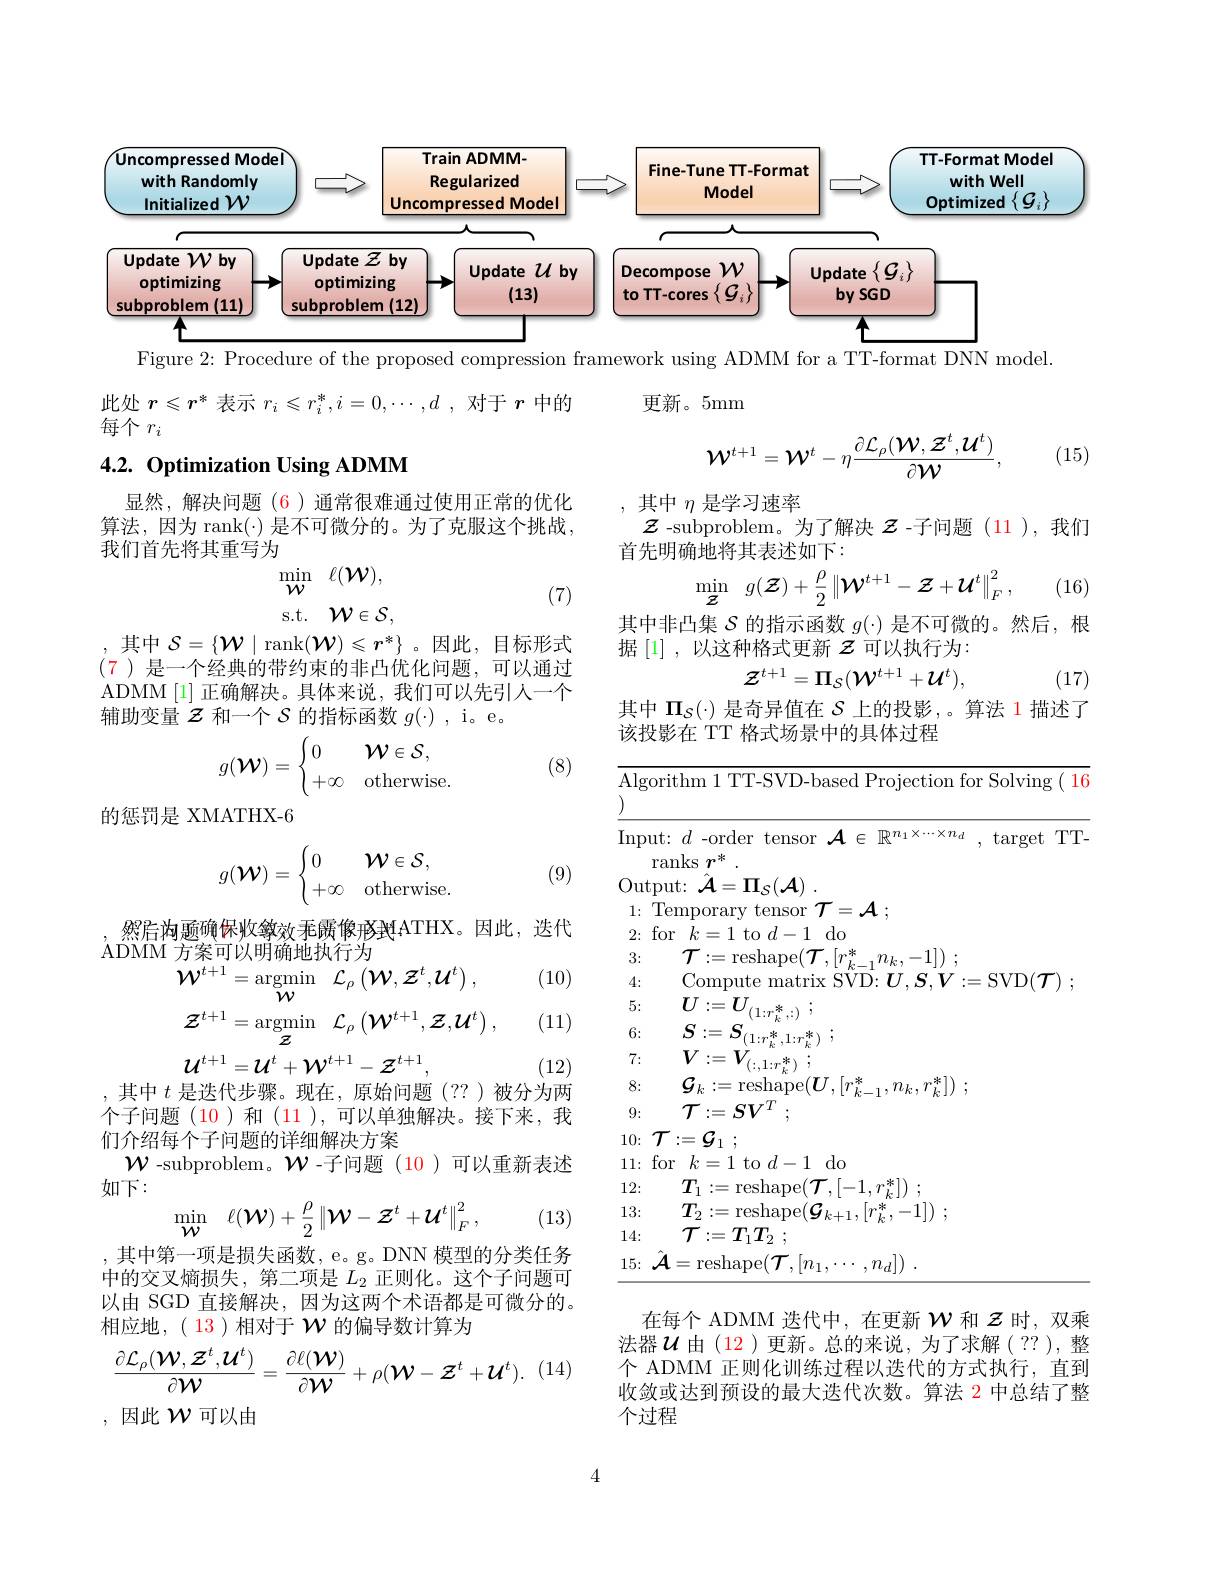
<FigureHere>

Figure 2: Procedure of the proposed compression framework using ADMM for a TT-format DNN model.

更新。5mm

此处$r\leqslant r^*$表示$r_i\leqslant r_i^*,i=0,\cdots,d$ ,对于$r$中的
每个$r_i$

(15)
$$\mathcal{W}^{t+1}=\mathcal{W}^t-\eta\frac{\partial\mathcal{L}_\rho(\mathcal{W},\mathcal{Z}^t,\mathcal{U}^t)}{\partial\mathcal{W}},$$
# 4.2. Optimization Using ADMM

,其中$\eta$是学习速率
$\mathcal{Z}$ -subproblem。为了解决$\boldsymbol{z}$ -子问题(11),我们

显然，解决问题(6)通常很难通过使用正常的优化算法，因为 rank(·) 是不可微分的。为了克服这个挑战， 我们首先将其重写为
$$\min_{\mathcal{W}}\:\ell(\mathcal{W}),$$
首先明确地将其表述如下：
$$\operatorname*{nin}_{\mathcal{Z}}\:g(\mathcal{Z})+\frac{\rho}{2}\left\|\mathcal{W}^{t+1}-\mathcal{Z}+\mathcal{U}^{t}\right\|_{F}^{2},$$
其中非凸集$\mathcal{S}$的指示函数$g(\cdot)$是不可微的。然后，根据

(16)

(7)

据[1],以这种格式更新$z$可以执行为：
$$\mathcal{Z}^{t+1}=\Pi_{\mathcal{S}}(\mathcal{W}^{t+1}+\mathcal{U}^{t}),$$
(17)

,其中 $\mathcal{S}=\{\mathcal{W}\mid\operatorname{rank}(\mathcal{W})\leqslant r^*\}$ 。因此，目标形式(7)是一个经典的带约束的非凸优化问题，可以通过ADMM[1] 正确解决。具体来说，我们可以先引人一个辅助变量$\mathcal{Z}$和一个$\mathcal{S}$的指标函数$g(\cdot)$, i。e。
$$g(\mathcal{W})=\begin{cases}0&\mathcal{W}\in\mathcal{S},\\+\infty&\mathrm{otherwise}.\end{cases}$$
其中$\Pi_{\mathcal{S}}(\cdot)$是奇异值在$S$上的投影 ,。算法 1 描述了
该投影在 TT 格式场景中的具体过程

(8)

$\overline{\mathrm{Algorithm~1~TT-SVD-based~Projection~for~Solving~(~16}}$

的惩罚是 XMATHX-6
$$g(\mathcal{W})=\begin{cases}0&\mathcal{W}\in\mathcal{S},\\+\infty&\text{otherwise.}\end{cases}$$
(9)

然启构题确保收缴效手厌体像像的。因此，迭代
ADMM 方案可以明确地执行为
$$\begin{aligned}&\text{万余可以明明地拟门为}\\&\mathcal{W}^{t+1}=\underset{\mathcal{W}}{\operatorname*{argmin}}\quad\mathcal{L}_{\rho}\left(\mathcal{W},\mathcal{Z}^{t},\mathcal{U}^{t}\right),\\&\mathcal{Z}^{t+1}=\underset{\mathcal{Z}}{\operatorname*{argmin}}\quad\mathcal{L}_{\rho}\left(\mathcal{W}^{t+1},\mathcal{Z},\mathcal{U}^{t}\right),\\&\mathcal{U}^{t+1}=\mathcal{U}^{t}+\mathcal{W}^{t+1}-\mathcal{Z}^{t+1},\end{aligned}$$
(10)

Input: $d$ -order tensor $\mathcal{A}\in\mathbb{R}^{n_1\times\cdots\times n_d}$, target TT-
ranks $r^*.$
$\operatorname { \mathrm{Output: }} \hat{\mathcal{A} } = \Pi _{S}( \mathcal{A} )$
1{:} Temporary tensor $\mathcal{T} = \mathcal{A}$ ;
$2\colon$for$k=1$to$d-1$do
3:
$\begin{array}{l}\mathcal{T}:=\mathrm{reshape}(\mathcal{T},[r_{k-1}^{*}n_{k},-1])\:;\\\text{Compute matrix SVD:}\boldsymbol{U},\boldsymbol{S},\boldsymbol{V}:=\mathrm{SVD}(\mathcal{T})\:;\end{array}$
4: 5:
$U: = \boldsymbol{U}_{( 1: r_{k}^{* }, : ) }$ ;
6:
$\begin{array}{c}{S:=\boldsymbol{S}_{(1:r_{k}^{*},1:r_{k}^{*})}}^{(1\cdots^{\prime}k,\cdots)}\:;\\{\boldsymbol{V}:\mathbf{V}}\end{array}$
7:
$V: = \boldsymbol{V}_{( : , 1: r_{k}^{* }) }$ ;
8:
$\mathcal{G} _{k}: = \operatorname { \mathrm{reshape}} ( \boldsymbol{U}, [ r_{k- 1}^{* }, n_{k}, r_{k}^{* }] )$ ;
9:
$\mathcal{T} : = SV^T$ ;
$10\nobreak {: } \mathcal{T} : = \mathcal{G} _1$ ;
$11\colon$for$k=1$to$d-1$do
12:
$T_{1}:=$reshape$( \mathcal{T} , [ - 1, r_{k}^{* }] )$ ;
13:
$T_{2}:=$reshape$( \mathcal{G} _k+ 1, [ r_{k}^{* }, - 1] )$ ;
14:
$\mathcal{T} : = \boldsymbol{T}_{1}\boldsymbol{T}_{2}$ ;
$15\nobreak {: } $ $\hat{\mathcal{A} } =$reshape$( \mathcal{T} , [ n_1, \cdots , n_d] )$ .

其中$t$是迭代步骤。现在，原始问题(??)被分为两

(11)

(12)

个子问题 (10)和 (11),可以单独解决。接下来，我
们介绍每个子问题的详细解决方案
$\mathcal{W}$ -subproblem。$\mathcal{W}$ -子问题 (10)可以重新表述
如下：
$$\min_{\mathcal{W}}\quad\ell(\mathcal{W})+\frac{\rho}{2}\left\|\mathcal{W}-\mathcal{Z}^t+\mathcal{U}^t\right\|_F^2,$$
(13)

,其中第一项是损失函数，e。g。DNN 模型的分类任务中的交叉熵损失，第二项是$L_2$正则化。这个子问题可以由 SGD 直接解决，因为这两个术语都是可微分的。相应地，( 13)相对于$\mathcal{W}$的偏导数计算为

在每个 ADMM 迭代中，在更新$\mathcal{W}$和$\mathcal{Z}$时，双乘法器$\mathcal{U}$ 由(12)更新。总的来说，为了求解(??),整个 ADMM 正则化训练过程以迭代的方式执行，直到收敛或达到预设的最大迭代次数。算法 2 中总结了整个过程
$$\frac{\partial\mathcal{L}_\rho(\mathcal{W},\mathcal{Z}^t,\mathcal{U}^t)}{\partial\mathcal{W}}=\frac{\partial\ell(\mathcal{W})}{\partial\mathcal{W}}+\rho(\mathcal{W}-\mathcal{Z}^t+\mathcal{U}^t).$$
,因此$\mathcal{W}$可以由

4